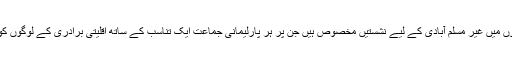
اس وقت سینیٹ، قومی و صوبائی اسمبلیوں میں غیر مسلم آبادی کے لیے نشستیں مخصوص ہیں جن پر ہر پارلیمانی جماعت ایک تناسب کے ساتھ اقلیتی برادری کے لوگوں کو ایوان میں آنے کا موقع فراہم کرتی ہے۔